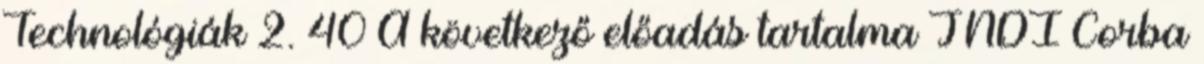
Technológiák 2. 40 A következő előadás tartalma JNDI Corba